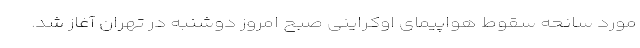
مورد سانحه سقوط هواپیمای اوکراینی صبح امروز دوشنبه در تهران آغاز شد.